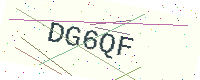
Text: DG6QF